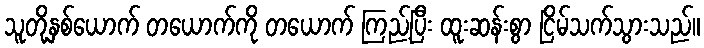
သူတို့နှစ်ယောက် တယောက်ကို တယောက် ကြည့်ပြီး ထူးဆန်းစွာ ငြိမ်သက်သွားသည်။